Senior Leaving Certificate Examination (including Day School Certificate (Higher) General paper), 1949
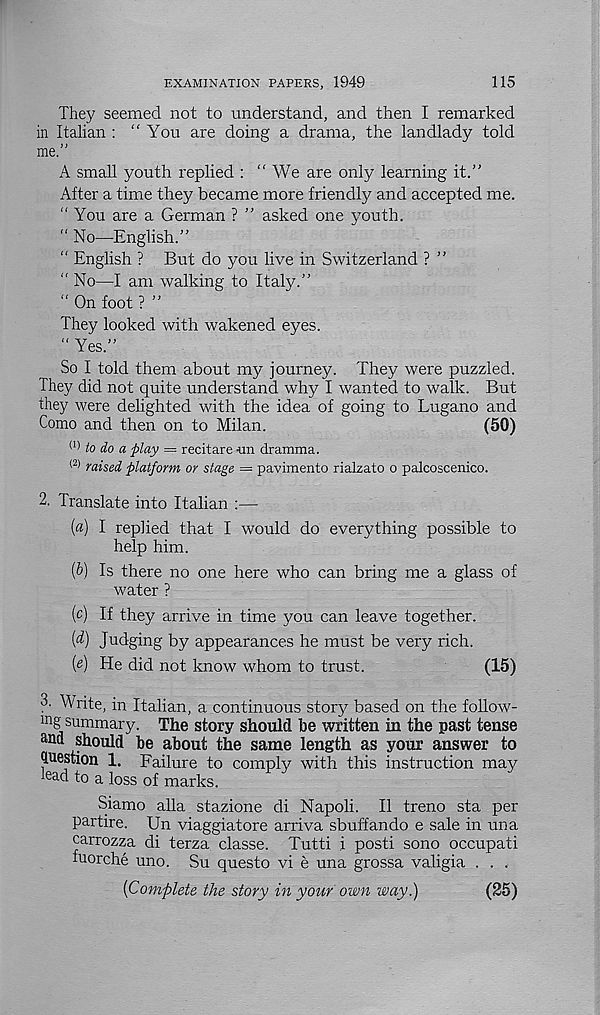
EXAMINATION PAPERS, 1949
115
They seemed not to understand, and then I remarked
in Italian : "You are doing a drama, the landlady told
me.”
A small youth replied : "We are only learning it."
After a time they became more friendly and accepted me.
“You are a German ? ” asked one youth.
“ No—English.”
“ English ? But do you live in Switzerland ? ”
" No—I am walking to Italy.”
“ On foot ? ”
They looked with wakened eyes.
“ Yes.”
So I told them about my journey. They were puzzled.
They did not quite understand why I wanted to walk. But
they were delighted with the idea of going to Lugano and
Como and then on to Milan.
(50)
(1) to do a play = recitare un dramma.
<2) raised platform or stage = pavimento rialzato o palcoscenico.
2. Translate into Italian :—
(«) I replied that I would do everything possible to
help him.
ip) Is there no one here who can bring me a glass of
water ?
(c) If they arrive in time you can leave together.
id) Judging by appearances he must be very rich.
p) He did not know whom to trust.
(15)
3. Write, in Italian, a continuous story based on the follow-
ing summary. The story should be written in the past tense
ana should be about the same length as your answer to
question 1. Failure to comply with this instruction may
kad to a loss of marks.
Siamo alia stazione di Napoli. II treno sta per
partire. Un viaggiatore arriva sbuffando e sale in una
carrozza di terza classe. Tutti i posti sono occupati
fuorche uno. Su questo vi e una grossa valigia . . .
{Covifilete the story in your own way.)
(25)